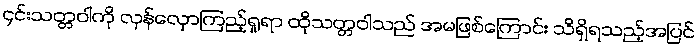
၄င်းသတ္တဝါကို လှန်လှောကြည့်ရှုရာ ထိုသတ္တဝါသည် အမဖြစ်ကြောင်း သိရှိရသည့်အပြင်